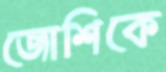
জোশিকে